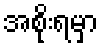
အစိုးရမှာ